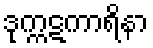
ဒုက္ကဋကာရိနာ